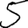
Digit: 5